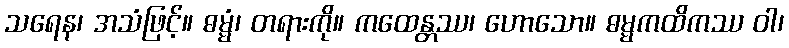
သရေန၊ အသံဖြင့်။ ဓမ္မံ၊ တရားကို။ ကထေန္တဿ၊ ဟောသော။ ဓမ္မကထိကဿ ဝါ၊